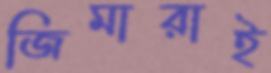
জিমারাই